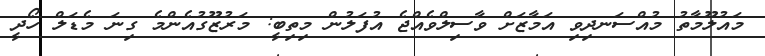
މައުލޫމާތު މުއްސަނދިވި އަމާޒަށް ވާސިލްވެއްޖެ އުފަލުން މިތިބީ: މަރުޒޫގުއެންމެ ގިނަ މެޑަލް ހޯދީ